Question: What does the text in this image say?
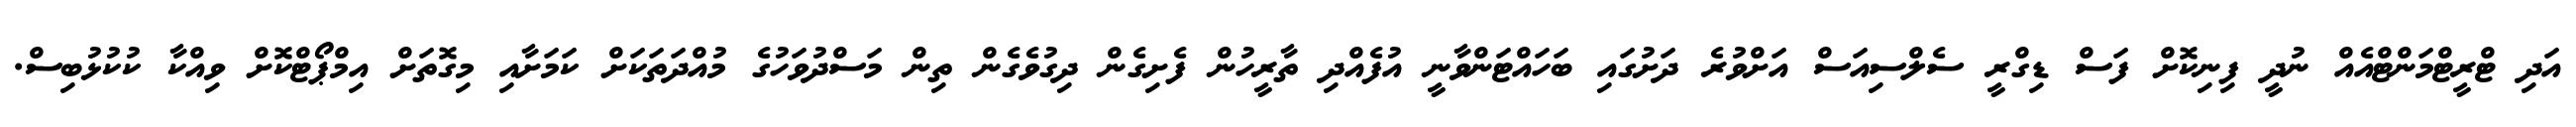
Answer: އަދި ޓްރީޓްމަންޓްއެއް ނުދީ ފިނިކޮށް ފަސް ޑިގްރީ ސެލްސިއަސް އަށްވުރެ ދަށުގައި ބަހައްޓަންވާނީ އުފެއްދި ތާރީހުން ފެށިގެން ދިގުވެގެން ތިން މަސްދުވަހުގެ މުއްދަތަކަށް ކަމަށާއި މިގޮތަށް އިމްޕޯޓްކޮށް ވިއްކާ ކުކުޅުބިސް.